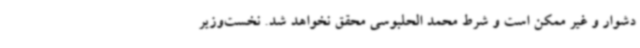
دشوار و غیر ممکن است و شرط محمد الحلبوسی محقق نخواهد شد. نخست‌وزیر